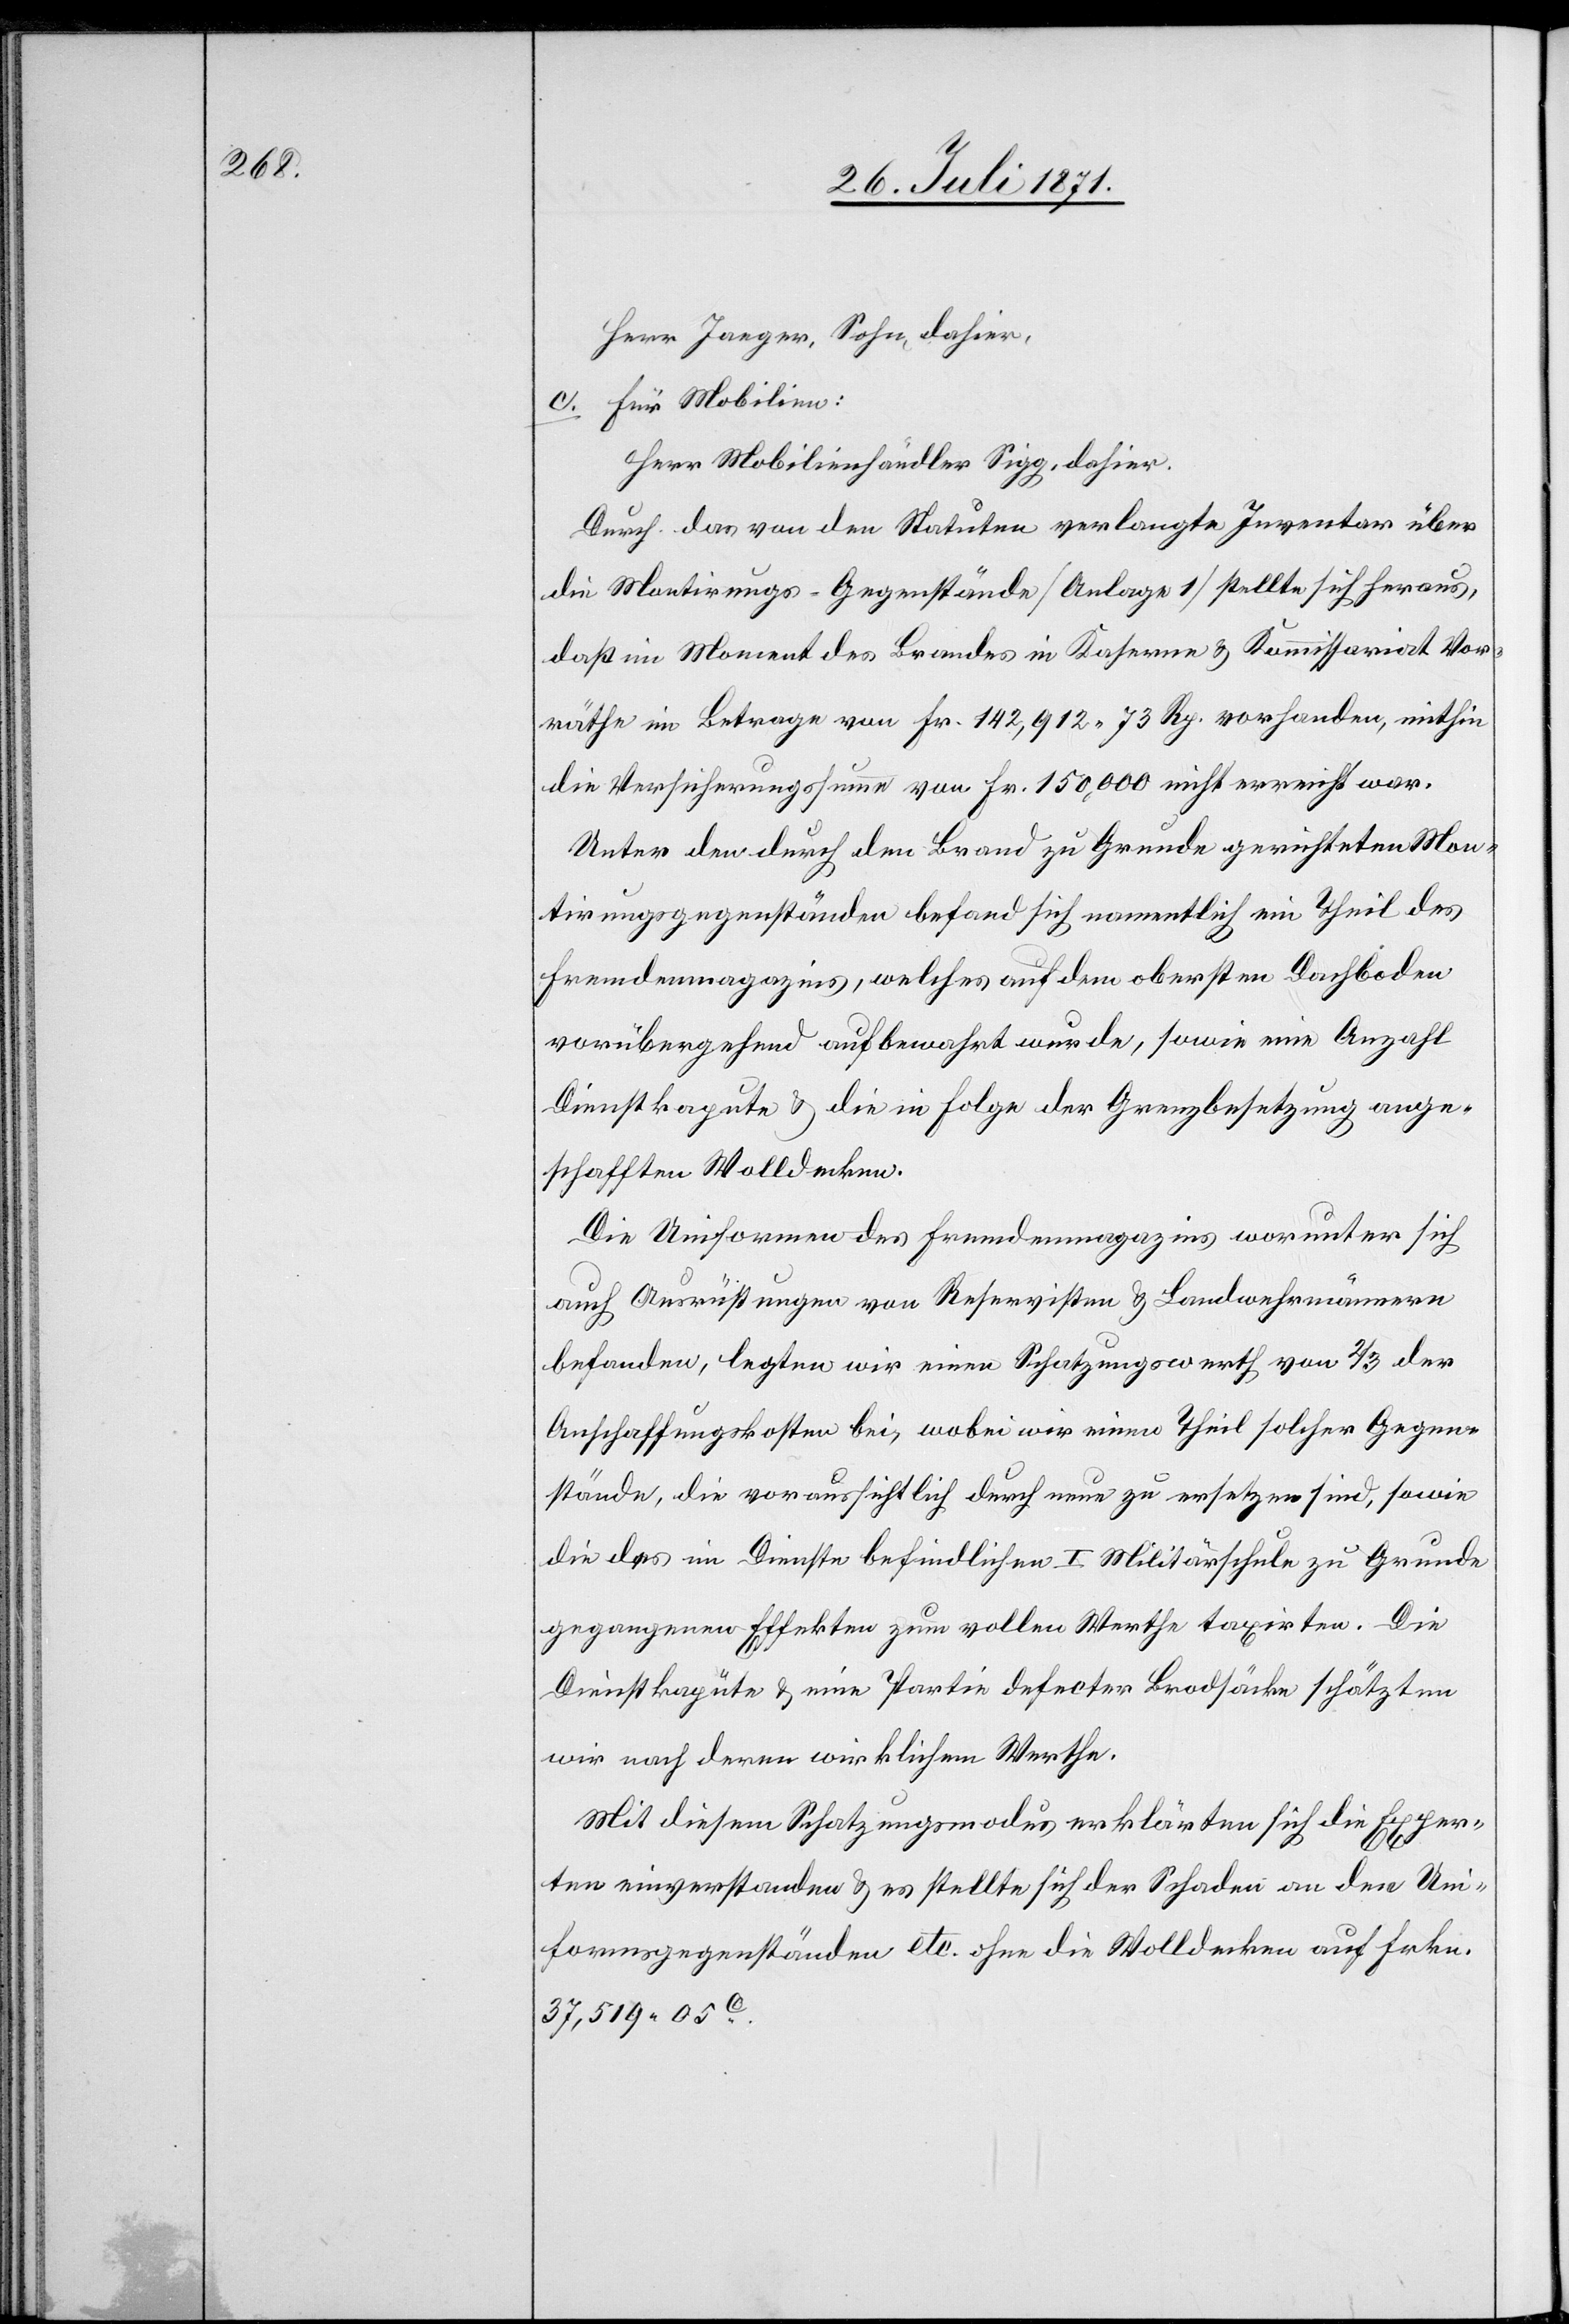
Herr Jaeger, Sohn, dahier,
c. Für Mobilien:
Herr Mobilienhändler Sigg, dahier.
Durch das von den Statuten verlangte Inventar über
die Montirungs-Gegenstände [Anlage 1] stellte sich heraus,
daß im Moment des Brandes in Kaserne u. Kommissariat Vor¬
räthe im Betrage von Fr. 142,912.73 Rp. vorhanden, mithin
die Versicherungssumme von Fr. 150,000 nicht erreicht war.
Unter den durch den Brand zu Grunde gerichteten Mon¬
tirungsgegenständen befand sich namentlich ein Theil des
Fremdenmagazins, welches auf dem obersten Dachboden
vorübergehend aufbewahrt wurde, sowie eine Anzahl
Dienstkapute u. die in Folge der Grenzbesetzung ange¬
schafften Wolldecken.
Die Uniformen des Fremdenmagazins worunter sich
auch Ausrüstungen von Reservisten u. Landwehrmännern
befanden, legten wir einen Schatzungswerth von 2/3 der
Anschaffungskosten bei [sic!] , wobei wir einen Theil solcher Gegen¬
stände, die voraussichtlich durch neue zu ersetzen sind, sowie
die des im Dienst befindlichen I. Militärschule zu Grunde
gegangenen Effekten zum vollen Werthe taxirten. Die
Dienstkapüte u eine Partie defecter Brodsäcke schätzten
wir nach deren wirklichem Werthe.
Mit diesem Schatzungsmodus erklärten sich die Exper¬
ten einverstanden u. es stellte sich der Schaden an den Uni¬
formsgegenständen etc. ohne die Wolldecken auf Frkn.
37,519.05c.